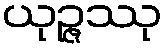
ယုဉ္ဇဿု